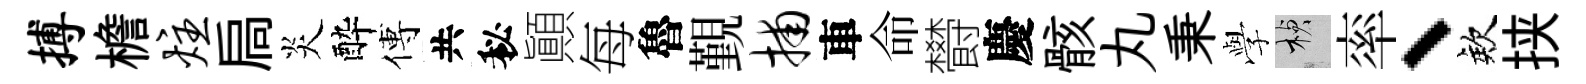
搏檐炷扃炎酔傅共秘顚每魯覲捕車命欎慶骸丸秉𫝯楨率、欸挟